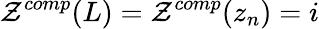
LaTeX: \mathcal{Z}^{comp}(L)=\mathcal{Z}^{comp}(z_{n})=i